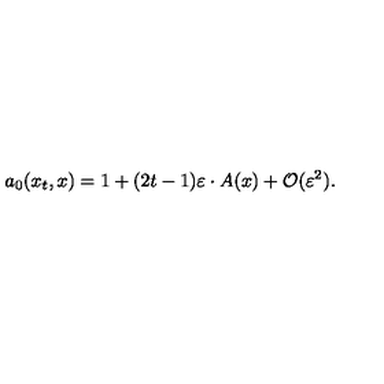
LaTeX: a _ { 0 } ( x _ { t } , x ) = 1 + ( 2 t - 1 ) \varepsilon \cdot A ( x ) + { \cal O } ( \varepsilon ^ { 2 } ) .